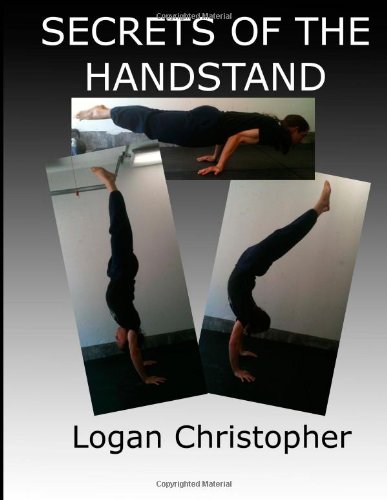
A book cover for Secrets of the Handstand; Logan Christopher; Sports & Outdoors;